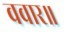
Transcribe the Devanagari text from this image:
ववार॥